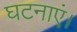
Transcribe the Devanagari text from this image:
घटनाएं।